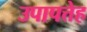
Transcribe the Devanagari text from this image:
उपापत्तेह